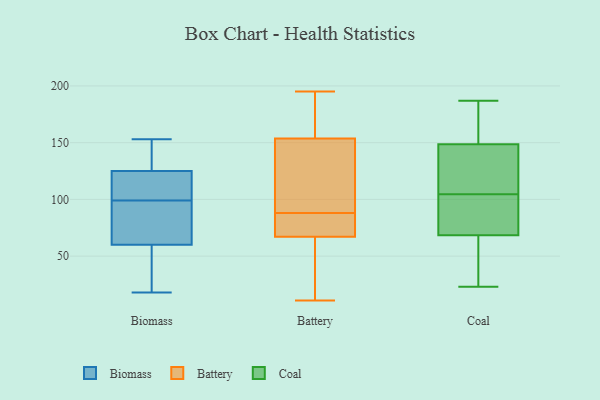
{"axis": {"x": "Market Share (%)", "y": "Value"}, "legend": ["Battery", "Biomass", "Coal"], "data": [{"x": "", "y": 125, "type": "Biomass"}, {"x": "", "y": 139, "type": "Biomass"}, {"x": "", "y": 60, "type": "Biomass"}, {"x": "", "y": 70, "type": "Biomass"}, {"x": "", "y": 153, "type": "Biomass"}, {"x": "", "y": 111, "type": "Biomass"}, {"x": "", "y": 18, "type": "Biomass"}, {"x": "", "y": 60, "type": "Biomass"}, {"x": "", "y": 120, "type": "Biomass"}, {"x": "", "y": 87, "type": "Biomass"}, {"x": "", "y": 154, "type": "Battery"}, {"x": "", "y": 74, "type": "Battery"}, {"x": "", "y": 61, "type": "Battery"}, {"x": "", "y": 77, "type": "Battery"}, {"x": "", "y": 153, "type": "Battery"}, {"x": "", "y": 81, "type": "Battery"}, {"x": "", "y": 185, "type": "Battery"}, {"x": "", "y": 96, "type": "Battery"}, {"x": "", "y": 27, "type": "Battery"}, {"x": "", "y": 125, "type": "Battery"}, {"x": "", "y": 52, "type": "Battery"}, {"x": "", "y": 67, "type": "Battery"}, {"x": "", "y": 88, "type": "Battery"}, {"x": "", "y": 11, "type": "Battery"}, {"x": "", "y": 195, "type": "Battery"}, {"x": "", "y": 112, "type": "Battery"}, {"x": "", "y": 175, "type": "Battery"}, {"x": "", "y": 194, "type": "Battery"}, {"x": "", "y": 67, "type": "Battery"}, {"x": "", "y": 23, "type": "Coal"}, {"x": "", "y": 37, "type": "Coal"}, {"x": "", "y": 102, "type": "Coal"}, {"x": "", "y": 64, "type": "Coal"}, {"x": "", "y": 87, "type": "Coal"}, {"x": "", "y": 107, "type": "Coal"}, {"x": "", "y": 183, "type": "Coal"}, {"x": "", "y": 172, "type": "Coal"}, {"x": "", "y": 130, "type": "Coal"}, {"x": "", "y": 73, "type": "Coal"}, {"x": "", "y": 150, "type": "Coal"}, {"x": "", "y": 56, "type": "Coal"}, {"x": "", "y": 113, "type": "Coal"}, {"x": "", "y": 187, "type": "Coal"}, {"x": "", "y": 147, "type": "Coal"}, {"x": "", "y": 85, "type": "Coal"}]}